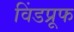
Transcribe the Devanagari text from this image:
विंडप्रूफ